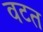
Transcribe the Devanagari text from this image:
वटत